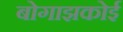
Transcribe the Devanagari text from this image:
बोगाझकोई